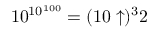
1 0 ^ { 1 0 ^ { 1 0 0 } } = ( 1 0 \uparrow ) ^ { 3 } 2